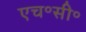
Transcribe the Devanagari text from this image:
एच॰सी॰